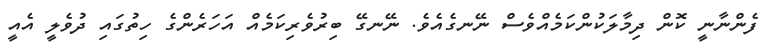
ފެންނާނީ ކޮން ދިމާލަކުންކަމެއްވެސް ނޭނގެއެވެ. ނޭނގޭ ބިރުވެރިކަމެއް އަހަރެންގެ ހިތުގައި ދުވެލީ އެއީ